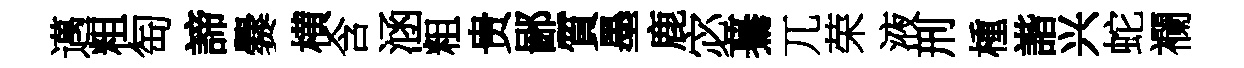
邁粗匋諦爨横含涵粗贵鄙質墨鹿宓驀兀荣液刑㮔諧兴蛇襴